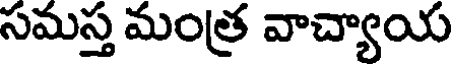
సమస్త మంత్ర వాచ్యాయ